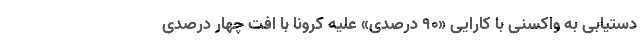
دستیابی به واکسنی با کارایی «۹۰ درصدی» علیه کرونا با افت چهار درصدی